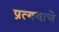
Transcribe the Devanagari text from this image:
प्रत्ययाचे